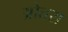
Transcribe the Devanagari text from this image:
ओतरा